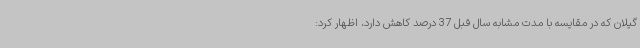
گیلان که در مقایسه با مدت مشابه سال قبل 37 درصد کاهش دارد، اظهار کرد: